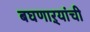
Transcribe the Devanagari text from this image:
बघणाऱ्यांची